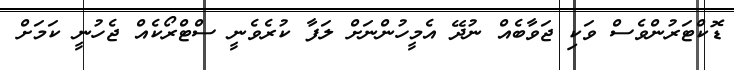
ޑޮކްޓަރުންވެސް ވަކި ޖަވާބެއް ނުދޭ އެމީހުންނަށް ލަފާ ކުރެވެނީ ސްޓްރޯކެއް ޖެހުނީ ކަމަށް